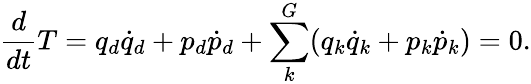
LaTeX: \frac{d}{dt}T=q_{d}\dot{q}_{d}+p_{d}\dot{p}_{d}+\sum_{k}^{G}(q_{k}\dot{q}_{k}+p_{k}\dot{p}_{k})=0.